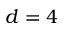
d = 4